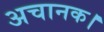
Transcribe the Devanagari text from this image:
अचानक।